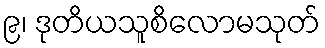
၉၊ ဒုတိယသူစိလောမသုတ်